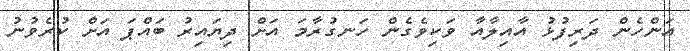
އަންހެން ދަރިފުޅު އާއިލާއާ ވަކިވެގެން ހަނގުރާމަ އަށް ދިޔައިރު ބައްޕަ އަށް ކުރެވުނު